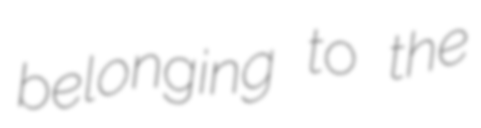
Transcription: belonging to the